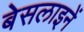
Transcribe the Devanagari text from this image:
बेसलाइनें